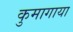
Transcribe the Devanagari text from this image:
कुमागाया